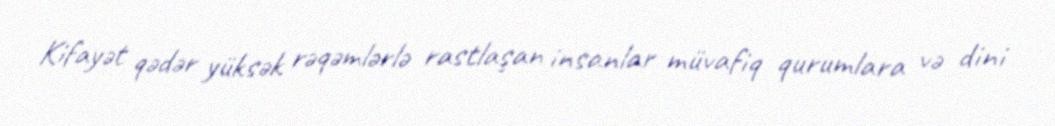
Kifayət qədər yüksək rəqəmlərlə rastlaşan insanlar müvafiq qurumlara və dini